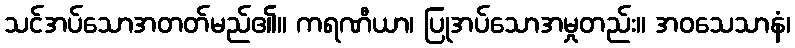
သင်အပ်သောအတတ်မည်၏။ ကရဏီယာ၊ ပြုအပ်သောအမှုတည်း။ အဝသေသာနံ၊